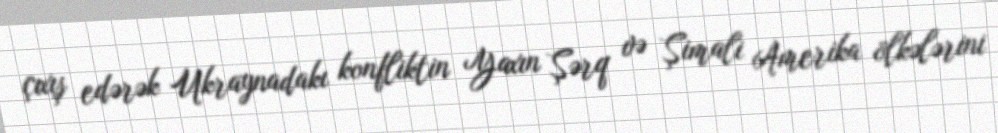
çıxış edərək Ukraynadakı konfliktin Yaxın Şərq və Şimali Amerika ölkələrini